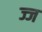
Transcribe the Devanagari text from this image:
ज्ज